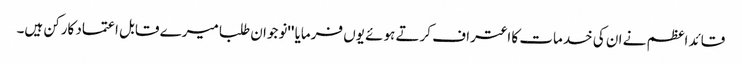
قائد اعظم نے ان کی خدمات کا اعتراف کرتے ہوئے یوں فرمایا ''نوجوان طلبا میرے قابل اعتماد کارکن ہیں۔